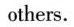
others.